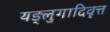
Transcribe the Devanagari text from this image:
यङ्लुगादिवृत्त